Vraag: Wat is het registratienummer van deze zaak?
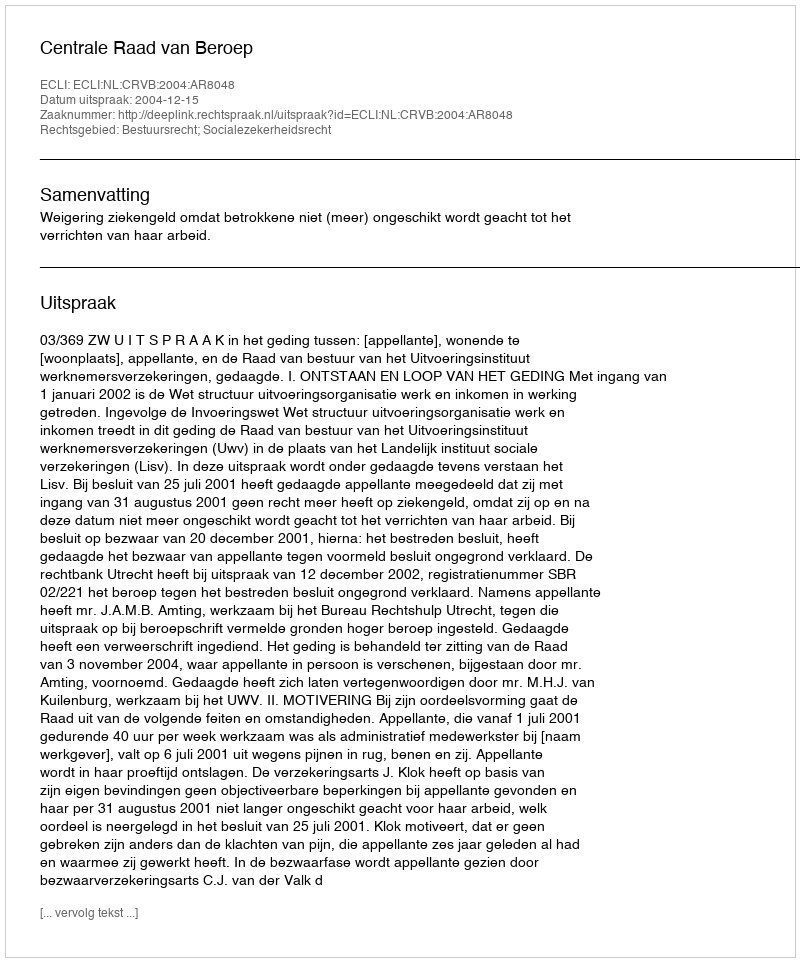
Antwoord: http://deeplink.rechtspraak.nl/uitspraak?id=ECLI:NL:CRVB:2004:AR8048